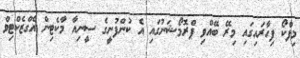
މިފްކޯ ފިހާރައިގައި މިރޭ ބޭއްވި ޕްރޮމޯޝަނުގައި އެ ކުންފުނީގެ ސީނިއާ މާކެޓިން އެގްޒެކްޓިވް